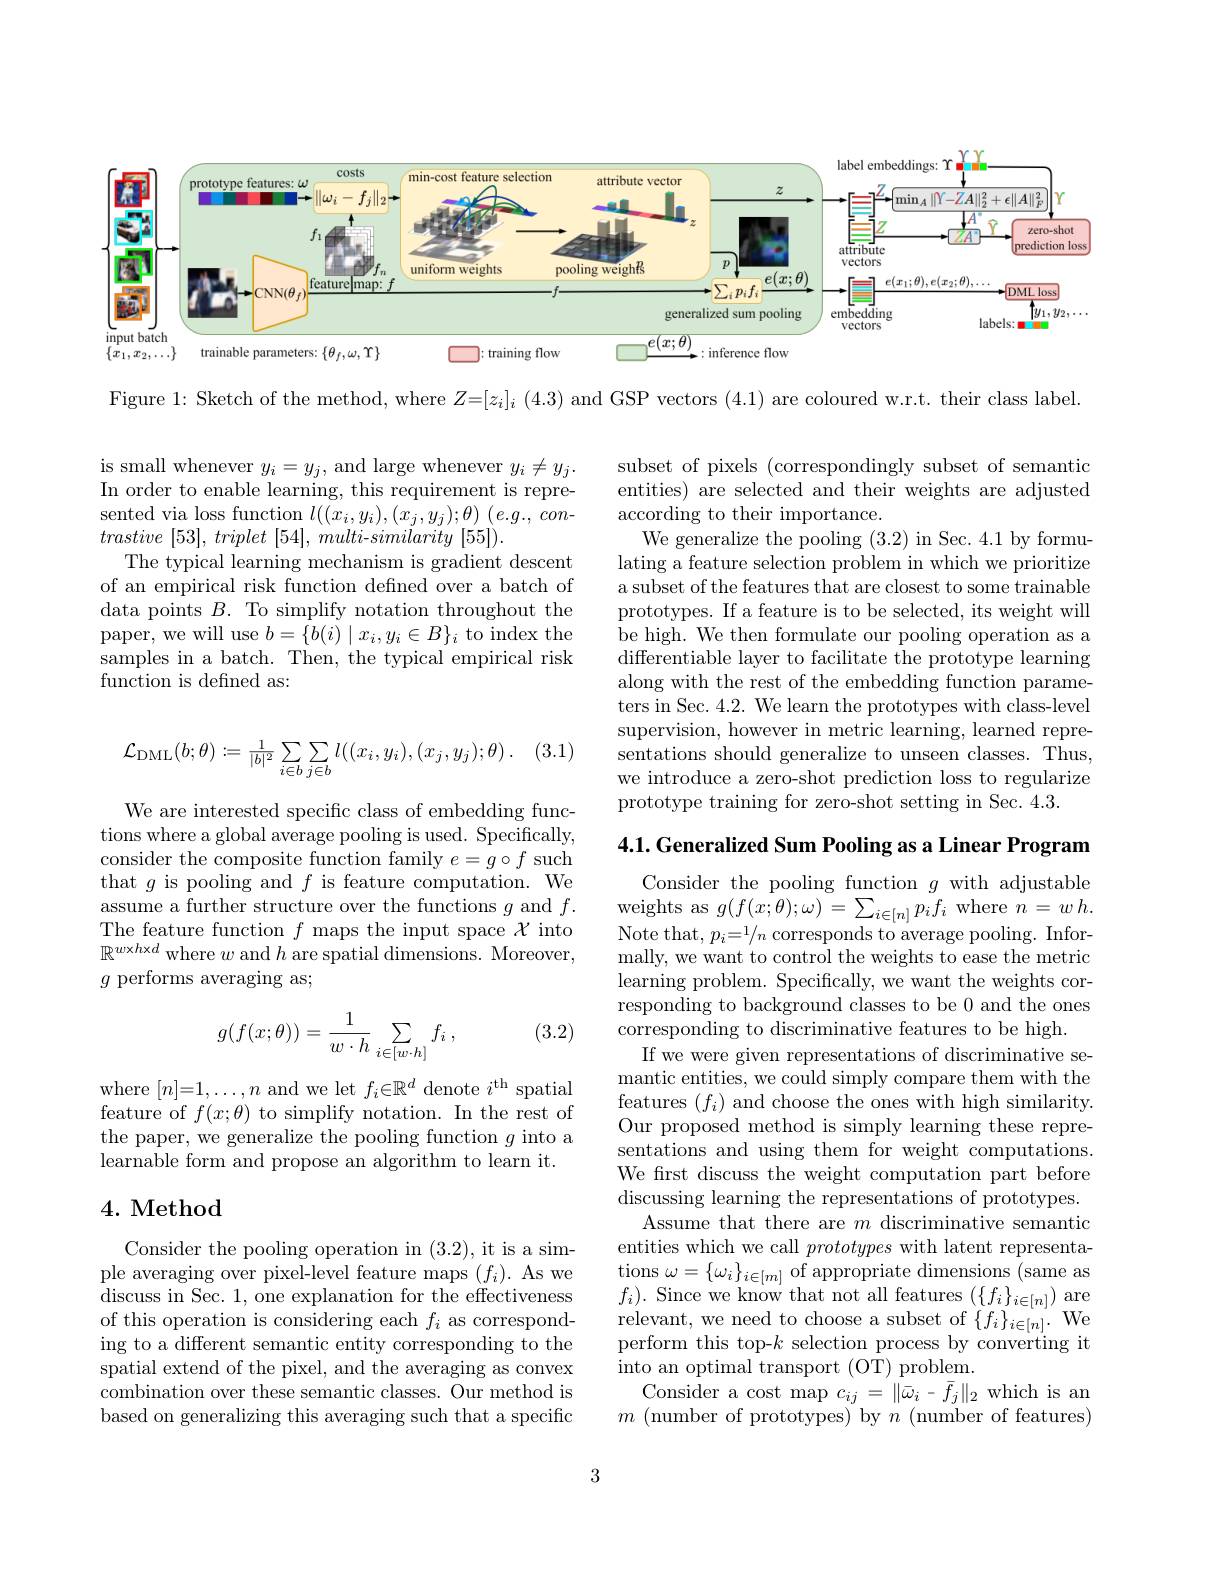
<FigureHere>

Figure 1: Sketch of the method, where $Z=[z_i]_i$ (4.3) and GSP vectors (4.1) are coloured w.r.t. their class label.

is small whenever $y_i=y_j$, and large whenever $y_i\neq y_j.$ In order to enable learning, this requirement is represented via loss function $l( ( x_{i}, y_{i}) , ( x_{j}, y_{j}) ; \theta )$ $( e. g. $, $con-$ trastive [53], triplet [54], $multi- similarity$ [55]).
The typical learning mechanism is gradient descent of an empirical risk function defined over a batch of ${\mathrm{data~points~}B.\text{ To simplify notation throughout the}}$ paper, we will use $b=\{b(i)\mid x_i,y_i\in B\}_i$ to index the samples in a batch. Then, the typical empirical risk function is defined as:

subset of pixels (correspondingly subset of semantic entities) are selected and their weights are adjusted according to their importance.
We generalize the pooling (3.2) in Sec. 4.1 by formulating a feature selection problem in which we prioritize a subset of the features that are closest to some trainable prototypes. If a feature is to be selected, its weight will be high. We then formulate our pooling operation as a differentiable layer to facilitate the prototype learning along with the rest of the embedding function parameters in Sec. 4.2. We learn the prototypes with class-level supervision, however in metric learning, learned representations should generalize to unseen classes. Thus, we introduce a zero-shot prediction loss to regularize prototype training for zero-shot setting in Sec. 4.3.

(3.1)
$$\mathcal{L}_{\mathrm{DML}}(b;\theta):=\frac{1}{|b|^2}\sum_{i\in b}\sum_{j\in b}l((x_i,y_i),(x_j,y_j);\theta)\:.$$
4.1. Generalized Sum Pooling as a Linear Program

We are interested specific class of embedding functions where a global average pooling is used. Specifically, consider the composite function family $e=g\circ f$ such that $g$ is pooling and $f$ is feature computation. We assume a further structure over the functions $g$ and $f.$ The feature function $f$ maps the input space $\mathcal{X}$ into $\mathbb{R}^{w\times h\times d}$ where $w$ and $h$ are spatial dimensions. Moreover, $g$ performs averaging as;

(3.2)
$$g(f(x;\theta))=\frac{1}{w\cdot h}\sum_{i\in[w\cdot h]}f_i\:,$$
where $[n]=1,\ldots,n$ and we let $f_i\in\mathbb{R}^d$ denote $i^\mathrm{th}$ spatial feature of $f(x;\theta)$ to simplify notation. In the rest of the paper, we generalize the pooling function $g$ into a learnable form and propose an algorithm to learn it.

$\begin{array}{c}\mathrm{Consider~the~pooling~function~}g~\mathrm{with~adjustable}\\\mathrm{weights~as~}g(f(x;\theta);\omega)=\sum_{i\in[n]}p_{i}f_{i}~\mathrm{where~}n=w\:h.\\\mathrm{Note~that,~}p_{i}=1/n~\mathrm{corresponds~to~average~pooling.~Infor-}\end{array}$ mally, we want to control the weights to ease the metric learning problem. Specifically, we want the weights corresponding to background classes to be 0 and the ones corresponding to discriminative features to be high.
If we were given representations of discriminative semantic entities, we could simply compare them with the features $(f_{i})$ and choose the ones with high similarity. Our proposed method is simply learning these representations and using them for weight computations. We first discuss the weight computation part before discussing learning the representations of prototypes.
Assume that there are $m$ discriminative semantic entities which we call prototypes with latent representa- $\operatorname*{tions}\omega=\{\omega_{i}\}_{i\in[m]}$ of appropriate dimensions (same as
discuss in Sec. 1, one explanation for the effectiveness $f_{i}) .$ Since we know' that not all features$\left ( \{ f_{i}\} _{i\in [ n] }\right )$ are of this operation is considering each $f_{i}$ as correspond- relevant, we need to choose a subset of $\{ f_{i}\} _{i\in [ n] }$
perform this top-$k$ selection process by converting it
into an optimal transport (OT) problem.
Consider a cost map $c_{ij}=\|\bar{\omega}_{i}-\bar{f}_{j}\|_{2}$ which is an $m\allowbreak ( {\mathrm{mod}} $number of prototypes) by $n\allowbreak ( {\mathrm{mod}} $number of features))

## 4. Method

Consider the pooling operation in (3.2),it is a simple averaging over pixel-level feature maps $(f_{i}).$ As we ing to a different semantic entity corresponding to the spatial extend of the pixel, and the averaging as convex combination over these semantic classes. Our method is based on generalizing this averaging such that a specific

3